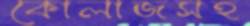
কোলাজসহ